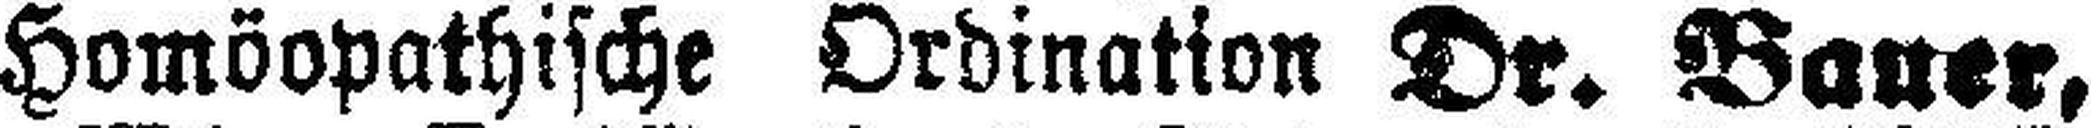
Homöopathische Ordination Dr. Bauer,